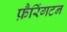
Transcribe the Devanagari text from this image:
फ़ैरिंगटन